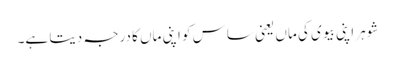
شوہر اپنی بیوی کی ماں یعنی ساس کو اپنی ماں کا درجہ دیتا ہے۔